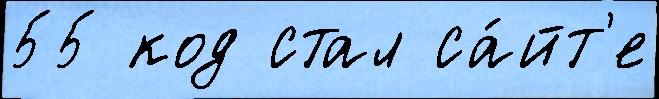
55 код стал са́йт'е